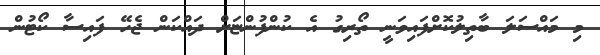
މި މައްސަަލަ ބާތިލުކޮށްފައިވަނީ ތޯރިގު އެ ކުންފުންޏަށް ދައްކަން ޖެހޭ ފައިސާ ކޯޓުން